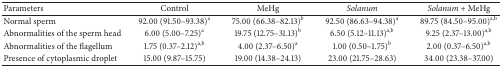
<table><thead><tr><td><b>Parameters</b></td><td><b>Control</b></td><td><b>MeHg </b></td><td><b><i>Solanum </i></b></td><td><b><i>Solanum</i> + MeHg </b></td></tr></thead><tbody><tr><td>Normal sperm</td><td>92.00 (91.50–93.38)<sup>a</sup></td><td>75.00 (66.38–82.13)<sup>b</sup></td><td>92.50 (86.63–94.38)<sup>a</sup></td><td>89.75 (84.50–95.00)<sup>a,b</sup></td></tr><tr><td>Abnormalities of the sperm head</td><td>6.00 (5.00–7.25)<sup>a</sup></td><td>19.75 (12.75–31.13)<sup>b</sup></td><td> 6.50 (5.12–11.13)<sup>a,b</sup></td><td>9.25 (2.37–13.00)<sup>a,b</sup></td></tr><tr><td>Abnormalities of the flagellum</td><td>1.75 (0.37–2.12)<sup>a,b</sup></td><td>4.00 (2.37–6.50)<sup>a</sup></td><td>1.00 (0.50–1.75)<sup>b</sup></td><td>2.00 (0.37–6.50)<sup>a,b</sup></td></tr><tr><td>Presence of cytoplasmic droplet</td><td>15.00 (9.87–15.75)</td><td>19.00 (14.38–24.13)</td><td>23.00 (21.75–28.63)</td><td>34.00 (23.38–37.00)</td></tr></tbody></table>